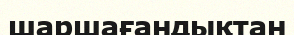
шаршағандықтан